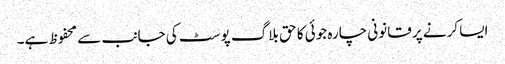
ایسا کرنے پر قانونی چارہ جوئی کا حق بلاگ پوسٹ کی جانب سے محفوظ ہے۔